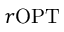
r \mathrm { O P T }